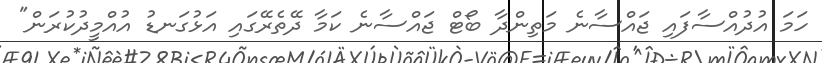
ހަމަ އުދުއްސާފައި ޖައްސާނެ މަތިންދާ ބޯޓް ޖައްސާނެ ކަމާ ދޭތެރޭގައި އަޅުގަނޑު އުއްމީދުކުރަން"